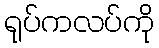
ရုပ်ကလပ်ကို